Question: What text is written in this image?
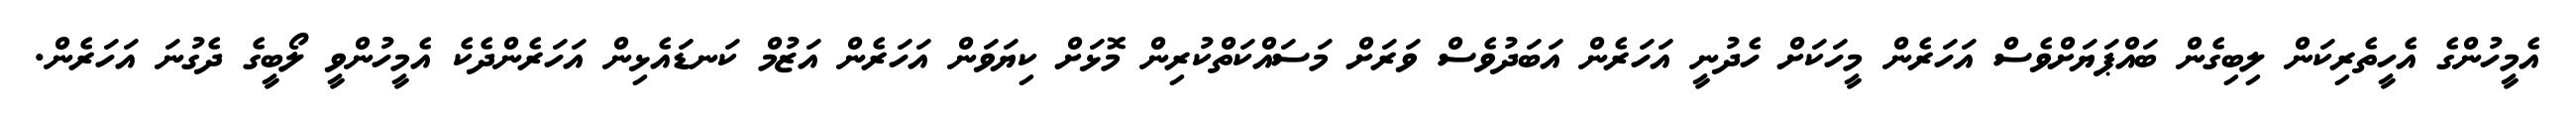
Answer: އެމީހުންގެ އެހީތެރިކަން ލިބިގެން ބައްޕަޔަށްވެސް އަހަރެން މީހަކަށް ހެދުނީ އަހަރެން އަބަދުވެސް ވަރަށް މަސައްކަތްކުރިން މޮޅަށް ކިޔަވަން އަހަރެން އަޒުމް ކަނޑައެޅިން އަހަރެންދެކެ އެމީހުންވީ ލޯބީގެ ދެގުނަ އަހަރެން.